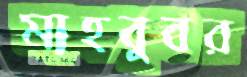
মাহবুবর